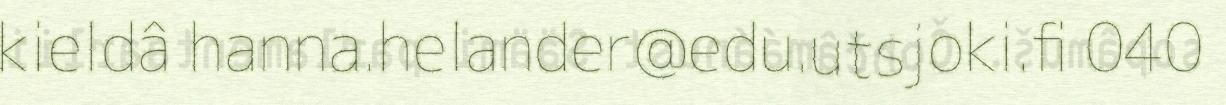
kieldâ hanna.helander@edu.utsjoki.fi 040